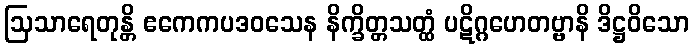
ဩသာရေတုန္တိ ဧကေကပဒဝသေန နိက္ခိတ္တသတ္ထံ ပဋိဂ္ဂဟေတဗ္ဗာနိ ဒိဋ္ဌဝိသော